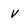
Character: V